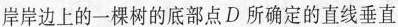
岸岸边上的一棵树的底部点D所确定的直线垂直